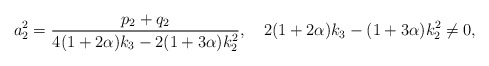
\begin{align*}a_2^2=\frac{p_2+q_2}{4(1+2\alpha)k_3-2(1+3\alpha)k_2^2},\quad2(1+2\alpha)k_3-(1+3\alpha)k_2^2\neq0,\end{align*}